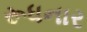
રૂધનાર